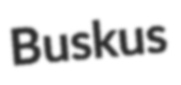
Buskus